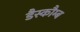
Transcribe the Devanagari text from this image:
डैस्कौम्ब